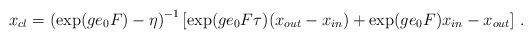
\begin{align*}x\sb{cl}=\left(\exp(ge\sb0F)-\eta\right)\sp{-1}\left\lbrack\exp(ge\sb0F\tau)(x\sb{out}-x\sb{in})+\exp(ge\sb0F)x\sb{in}-x\sb{out}\right\rbrack\,.\end{align*}